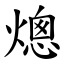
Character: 熜